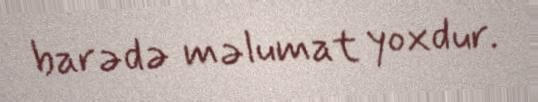
barədə məlumat yoxdur.